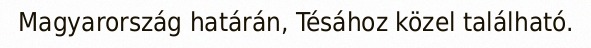
Magyarország határán, Tésához közel található.